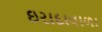
ઇરાદાવાળા